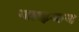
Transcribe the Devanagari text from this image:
नाइमन